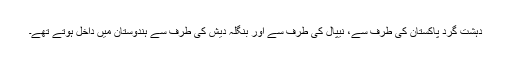
دہشت گرد پاکستان کی طرف سے، نیپال کی طرف سے اور بنگلہ دیش کی طرف سے ہندوستان میں داخل ہوتے تھے۔